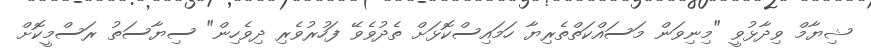
ޝިޔާމް ވިދާޅުވީ "މިނިވަން މަސައްކަތްތެރިޔާ ހަމައިސްކޮޅަށް ތެދުވެވޭ ފަހުރުވެރި ދިވެހިން" ސިޔާސަތު ރަސްމީކޮށް